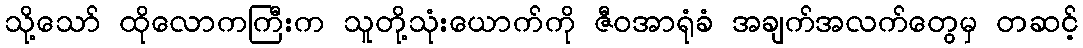
သို့သော် ထိုလောကကြီးက သူတို့သုံးယောက်ကို ဇီဝအာရုံခံ အချက်အလက်တွေမှ တဆင့်